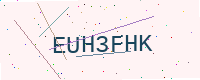
Text: EUH3FHK